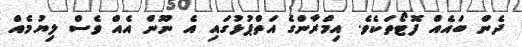
ދެން ބައެއް ފޮޓޯތަކެވެ. އިމްރާންގެ އަތްޕުޅުގައި އެ ނޫން އެއް ވެސް ލިޔުމެއް